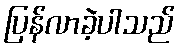
ပြန်လာခဲ့ပါသည်